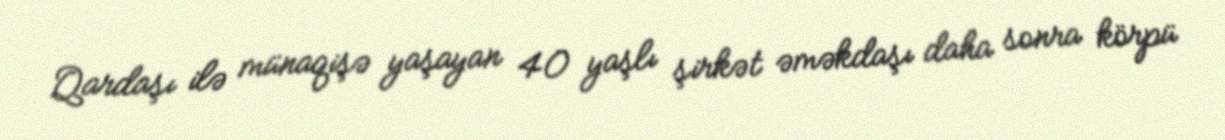
Qardaşı ilə münaqişə yaşayan 40 yaşlı şirkət əməkdaşı daha sonra körpü